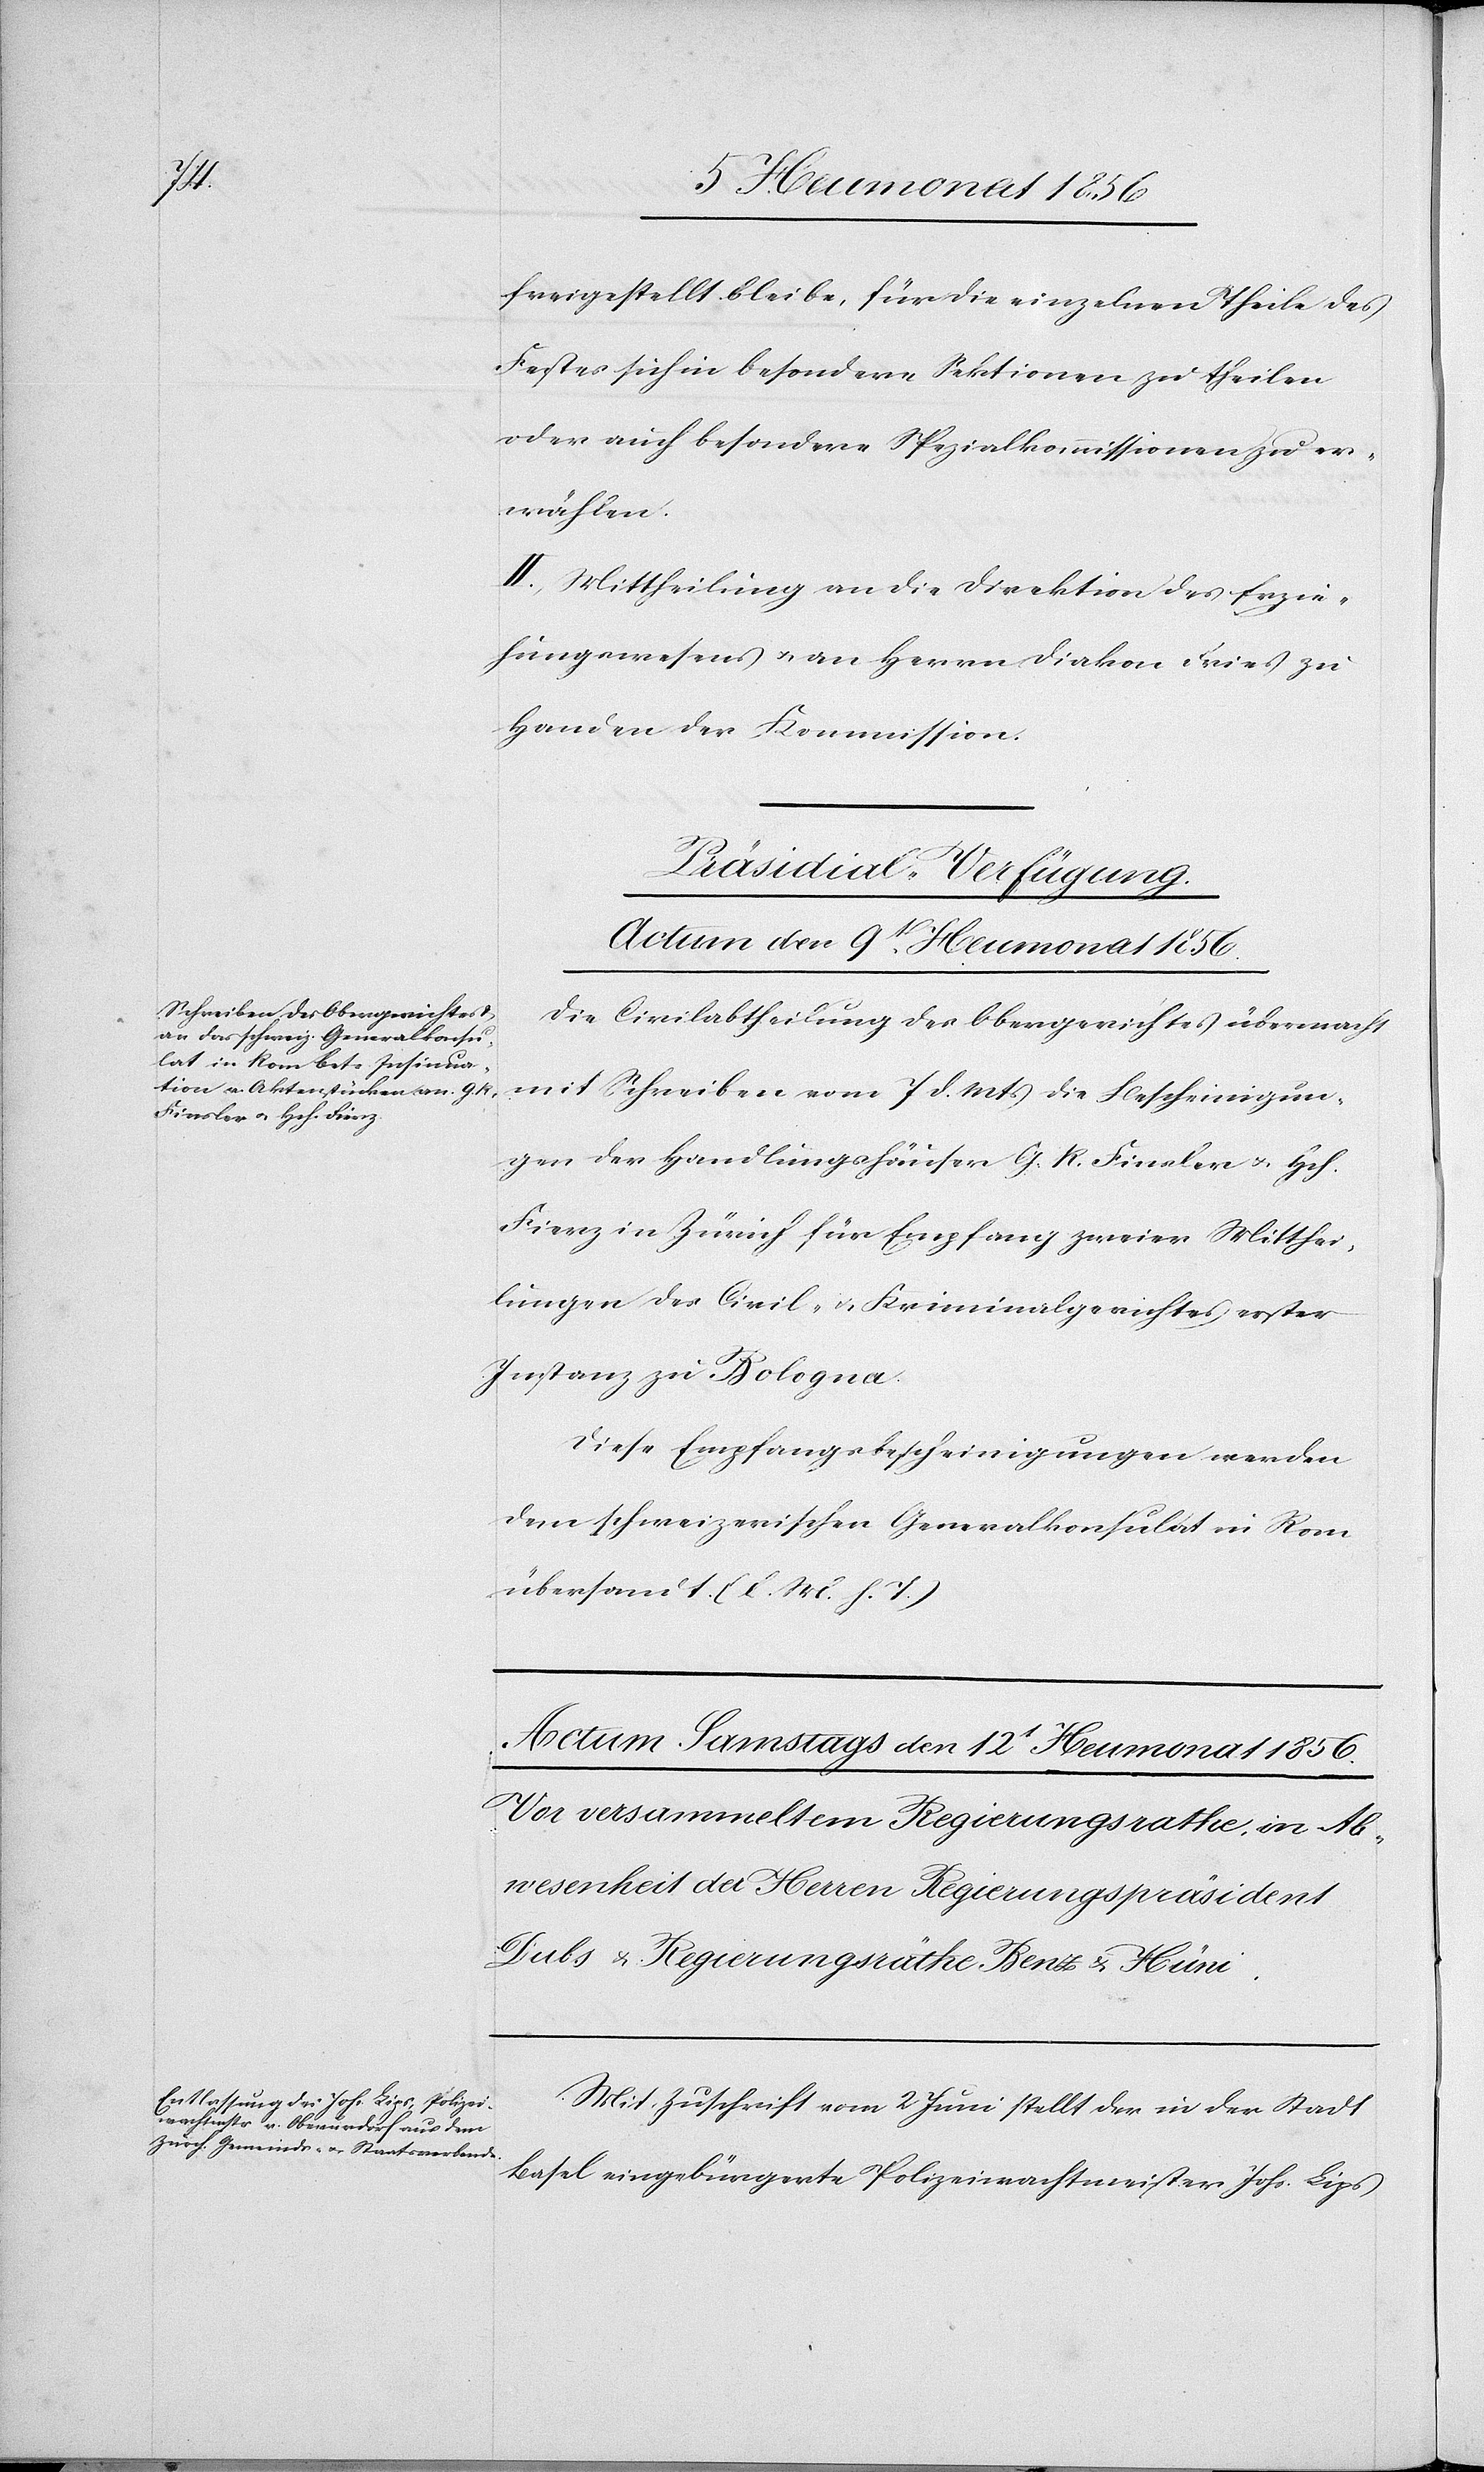
freigestellt bleibe, für die einzelnen Theile des
Festes sich in besondere Sektionen zu theilen
oder auch besondere Spezialkommissionen zu er¬
wählen.
II. Mittheilung an die Direktion des Erzie¬
hungswesens u. an Herrn Diakon Fries zu
Handen der Kommission.
Präsidial-Verfügung.
Actum den 9t Heumonat 1856.
Die Civilabtheilung des Obergerichtes übermacht
mit Schreiben vom 7 d. Mts die Bescheinigun¬
gen der Handlungshäuser G. R. Finsler u. Hch.
Fierz in Zürich für Empfang zweier Mitthei¬
lungen des Civil- u. Kriminalgerichtes erster
Instanz in Bologna.
Diese Empfangsbescheinigungen werden
dem schweizerischen Generalkonsulat in Rom
übersandt. (l. M. h. T.)
Mit Zuschrift vom 2 Juni stellt der in der Stadt
Basel eingebürgerte Polizeiwachtmeister Johs. Lips